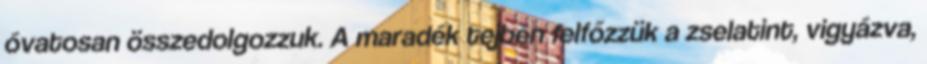
óvatosan összedolgozzuk. A maradék tejben felfőzzük a zselatint, vigyázva,